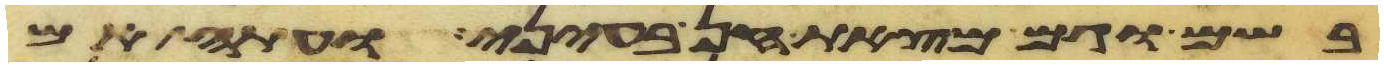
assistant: בשם וגם מצאת חן בעיני ועתה אם